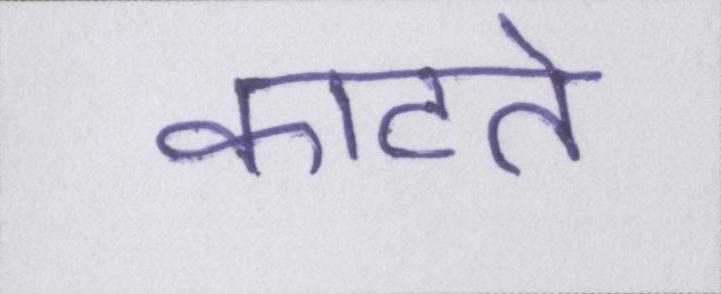
काटते